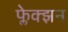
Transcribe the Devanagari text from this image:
फ्लेक्झन